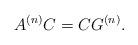
LaTeX: \begin{align*}A^{(n)} C=C G^{(n)}. \end{align*}